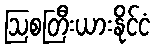
ဩစတြီးယားနိုင်ငံ